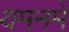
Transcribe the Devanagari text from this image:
यमनमें